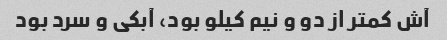
آش کمتر از دو و نیم کیلو بود، آبکی و سرد بود